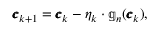
\begin{array} { r } { \pmb { c } _ { k + 1 } = \pmb { c } _ { k } - \eta _ { k } \cdot \mathbb { g } _ { n } ( \pmb { c } _ { k } ) , } \end{array}